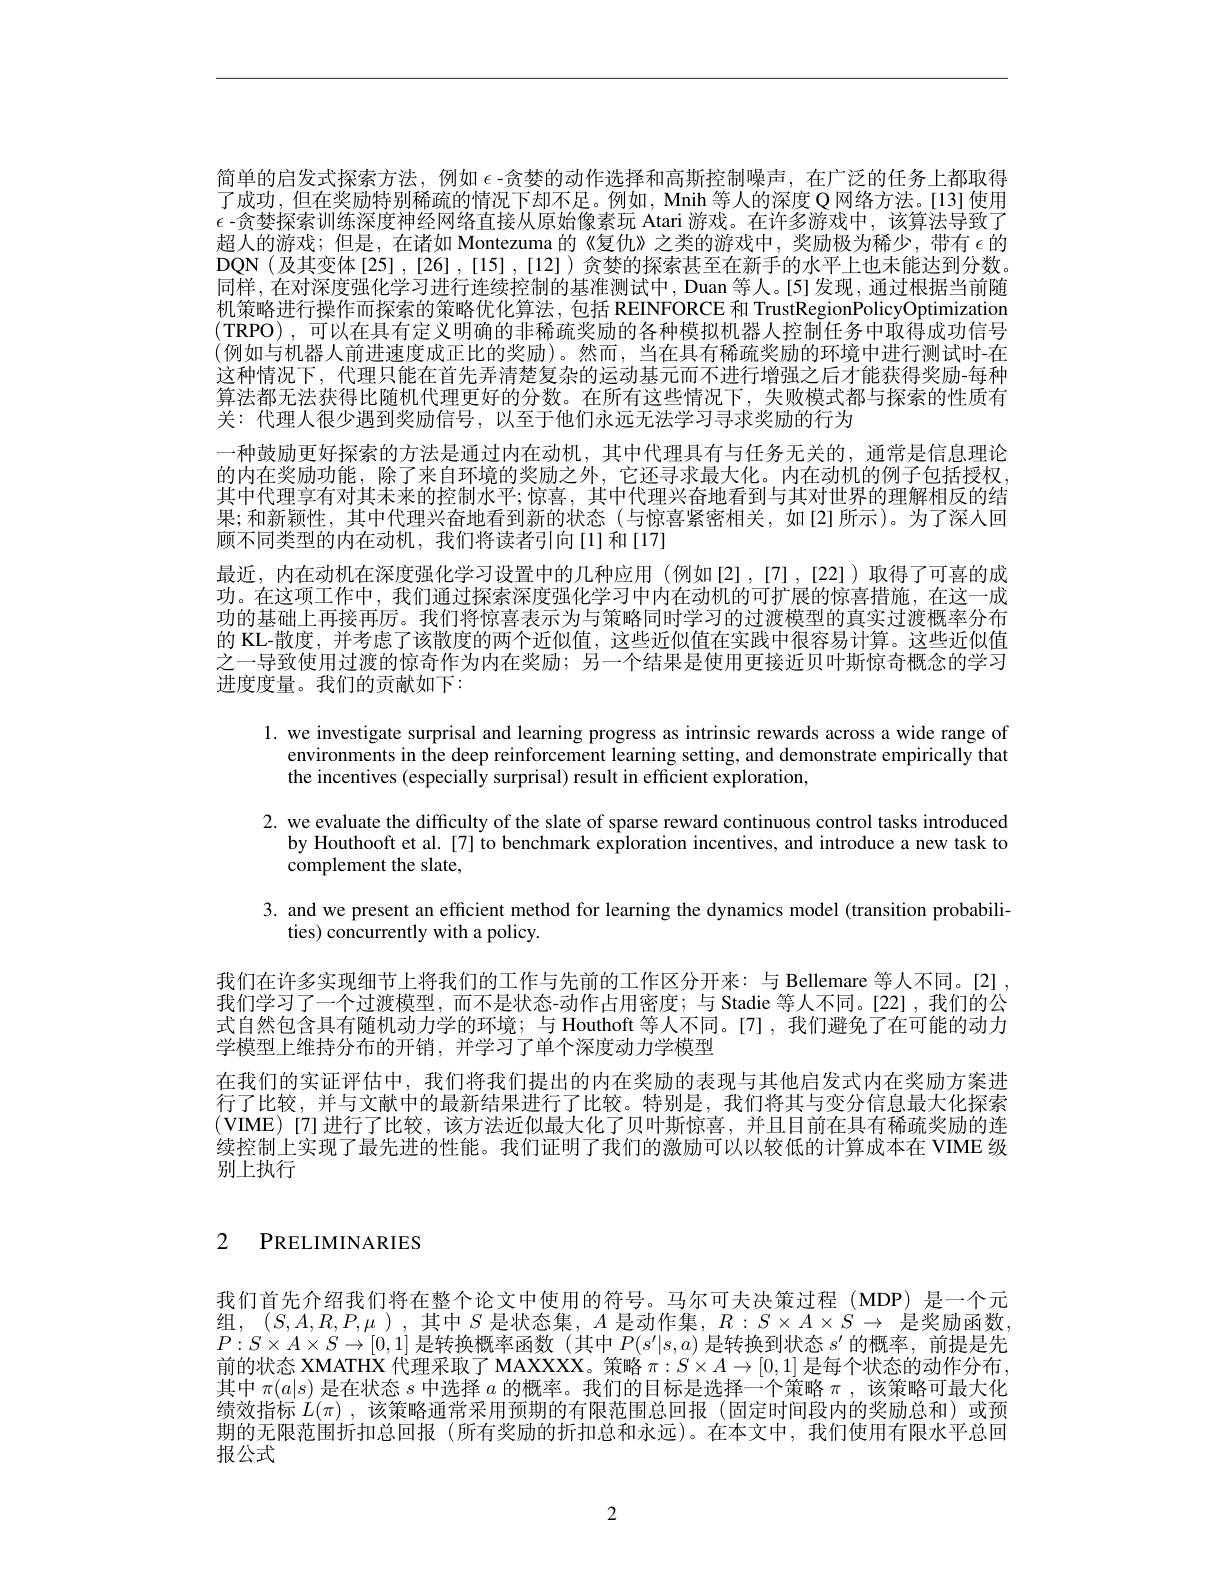
简单的启发式探索方法，例如$\epsilon$ -贪婪的动作选择和高斯控制噪声，在广泛的任务上都取得了成功，但在奖励特别稀疏的情况下却不足。例如，Mnih 等人的深度 Q 网络方法。[13] 使用$\epsilon$ -贪婪探索训练深度神经网络直接从原始像素玩 Atari 游戏。在许多游戏中，该算法导致了超人的游戏；但是，在诸如 Montezuma 的《复仇》之类的游戏中，奖励极为稀少，带有 $\epsilon$的DQN(及其变体[25],[26],[15],[12])贪婪的探索甚至在新手的水平上也未能达到分数。同样，在对深度强化学习进行连续控制的基准测试中，Duan 等人。[5]发现，通过根据当前随机策略进行操作而探索的策略优化算法，包括 REINFORCE 和 TrustRegionPolicyOptimization $(\mathbf{TRPO})$,可以在具有定义明确的非稀疏奖励的各种模拟机器人控制任务中取得成功信号(例如与机器人前进速度成正比的奖励)。然而，当在具有稀疏奖励的环境中进行测试时-在这种情况下，代理只能在首先弄清楚复杂的运动基元而不进行增强之后才能获得奖励-每种算法都无法获得比随机代理更好的分数。在所有这些情况下，失败模式都与探索的性质有关：代理人很少遇到奖励信号，以至于他们永远无法学习寻求奖励的行为
一种鼓励更好探索的方法是通过内在动机，其中代理具有与任务无关的，通常是信息理论的内在奖励功能，除了来自环境的奖励之外，它还寻求最大化。内在动机的例子包括授权， 其中代理享有对其未来的控制水平；惊喜，其中代理兴奋地看到与其对世界的理解相反的结果；和新颖性，其中代理兴奋地看到新的状态(与惊喜紧密相关，如[2]所示)。为了深人回顾不同类型的内在动机，我们将读者引向[1]和[17]
最近，内在动机在深度强化学习设置中的几种应用(例如[2],[7],[22])取得了可喜的成功。在这项工作中，我们通过探索深度强化学习中内在动机的可扩展的惊喜措施，在这一成功的基础上再接再厉。我们将惊喜表示为与策略同时学习的过渡模型的真实过渡概率分布的 KL-散度，并考虑了该散度的两个近似值，这些近似值在实践中很容易计算。这些近似值之一导致使用过渡的惊奇作为内在奖励；另一个结果是使用更接近贝叶斯惊奇概念的学习进度度量。我们的贡献如下：

1. we investigate surprisal and learning progress as intrinsic rewards across a wide range of
environments in the deep reinforcement learning setting, and demonstrate empirically that
the incentives (especially surprisal) result in efficient exploration,
2. we evaluate the difficulty of the slate of sparse reward continuous control tasks introduced
by Houthooft et al. [7] to benchmark exploration incentives, and introduce a new task to
complement the slate,
3. and we present an efficient method for learning the dynamics model (transition probabili-
ties) concurrently with a policy.
我们在许多实现细节上将我们的工作与先前的工作区分开来：与 Bellemare 等人不同。[2] , 我们学习了一个过渡模型，而不是状态-动作占用密度；与 Stadie 等人不同。[22],我们的公式自然包含具有随机动力学的环境；与 Houthoft 等人不同。[7],我们避免了在可能的动力学模型上维持分布的开销，并学习了单个深度动力学模型
在我们的实证评估中，我们将我们提出的内在奖励的表现与其他启发式内在奖励方案进行了比较，并与文献中的最新结果进行了比较。特别是，我们将其与变分信息最大化探索(VIME)[7]进行了比较，该方法近似最大化了贝叶斯惊喜，并且目前在具有稀疏奖励的连续控制上实现了最先进的性能。我们证明了我们的激励可以以较低的计算成本在 VIME 级别上执行

# 2 PRELIMINARIES

我们首先介绍我们将在整个论文中使用的符号。马尔可夫决策过程(MDP)是一个元组，$( S, A, R, P, \mu ) $, 其中 $S$ 是状态集$,A$ 是动作集$,R:S\times A\times S\to$ 是奖励函数， $P:S\times A\times S\to[0,1]$是转换概率函数 (其中$P(s^\prime|s,a)$是转换到状态$s^\prime$的概率，前提是先前的状态 XMATHX 代理采取了 MAXXXX。策略$\pi:S\times A\to[0,1]$是每个状态的动作分布， 其中$\pi(a|s)$是在状态$s$中选择$a$的概率。我们的目标是选择一个策略$\pi$,该策略可最大化绩效指标$L(\pi)$,该策略通常采用预期的有限范围总回报 (固定时间段内的奖励总和)或预期的无限范围折扣总回报 (所有奖励的折扣总和永远)。在本文中，我们使用有限水平总回报公式

2